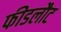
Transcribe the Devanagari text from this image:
फीडलौट